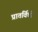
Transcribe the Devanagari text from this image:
प्रातर्विधी